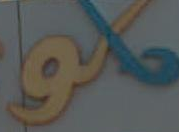
مكنا